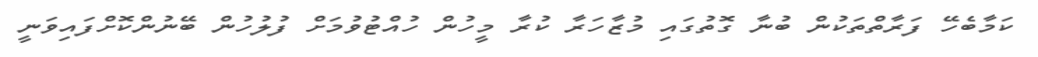
ކަމާބެހޭ ފަރާތްތަކުން ބުނާ ގޮތުގައި މުޒާހަރާ ކުރާ މީހުން ހުއްޓުވުމަށް ފުލުހުން ބޭނުންކޮށްފައިވަނީ